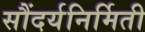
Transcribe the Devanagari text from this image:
सौंदर्यनिर्मिती